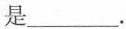
是_______.